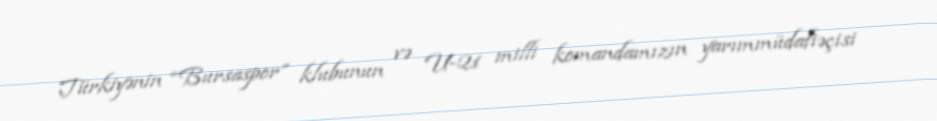
Türkiyənin “Bursaspor” klubunun və U-21 milli komandamızın yarımmüdafiəçisi